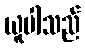
ယူပါသည်